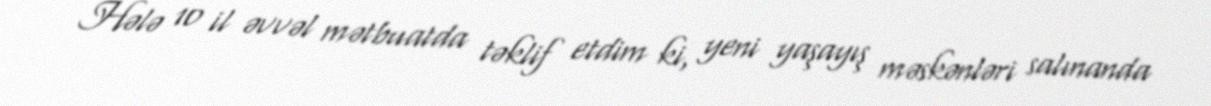
Hələ 10 il əvvəl mətbuatda təklif etdim ki, yeni yaşayış məskənləri salınanda